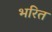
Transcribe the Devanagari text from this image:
भरित